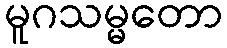
မူဂသမ္မတော